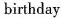
birthday